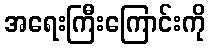
အရေးကြီးကြောင်းကို